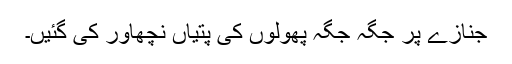
جنازے پر جگہ جگہ پھولوں کی پتیاں نچھاور کی گئیں۔